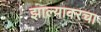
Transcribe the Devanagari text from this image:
झाल्यावरचा